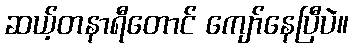
ဆယ့်တနာရီတောင် ကျော်နေပြီပဲ။